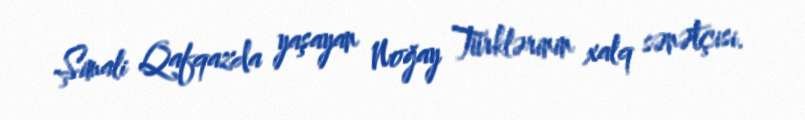
Şimali Qafqazda yaşayan Noğay Türklərinin xalq sənətçisi.